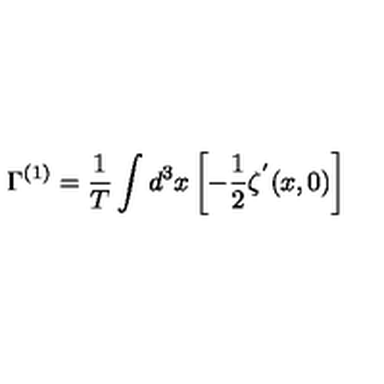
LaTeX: \Gamma ^ { ( 1 ) } = { \frac { 1 } { T } } \int d ^ { 3 } x \left[ - { \frac { 1 } { 2 } } \zeta ^ { ^ { \prime } } ( x , 0 ) \right]